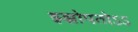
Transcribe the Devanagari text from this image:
झ्झोपतोऽऽ